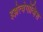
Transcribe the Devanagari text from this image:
इझेत्बेगोव्हिश